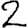
Digit: 2